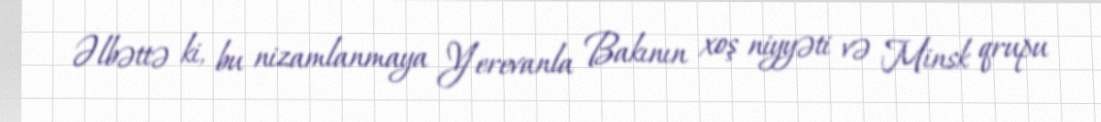
Əlbəttə ki, bu nizamlanmaya Yerevanla Bakının xoş niyyəti və Minsk qrupu